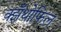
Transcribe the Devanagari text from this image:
क्झँथोफिल